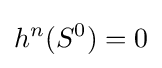
h^{n}(S^{0})=0